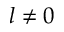
l \neq 0